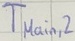
Text: TMAIN,2